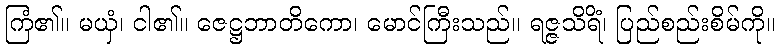
ကြံ၏။ မယှံ၊ ငါ၏။ ဇေဋ္ဌဘာတိကော၊ မောင်ကြီးသည်။ ရဇ္ဇသိရိံ၊ ပြည်စည်းစိမ်ကို။